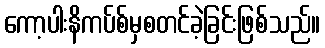
ကော့ပါးနိကပ်စ်မှစတင်ခဲ့ခြင်းဖြစ်သည်။